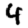
Digit: 4